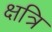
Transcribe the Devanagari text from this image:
क्षत्रि